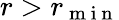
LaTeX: r>r_{\mathrm{~m~i~n~}}